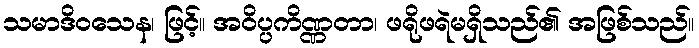
သမာဒိဝသေန၊ ဖြင့်။ အဝိပ္ပကိဏ္ဏတာ၊ ဖရိုဖရဲမရှိသည်၏ အဖြစ်သည်။